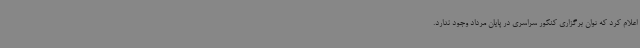
اعلام کرد که توان برگزاری کنکور سراسری در پایان مرداد وجود ندارد.